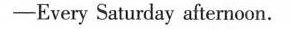
——Every Saturday afternoon.